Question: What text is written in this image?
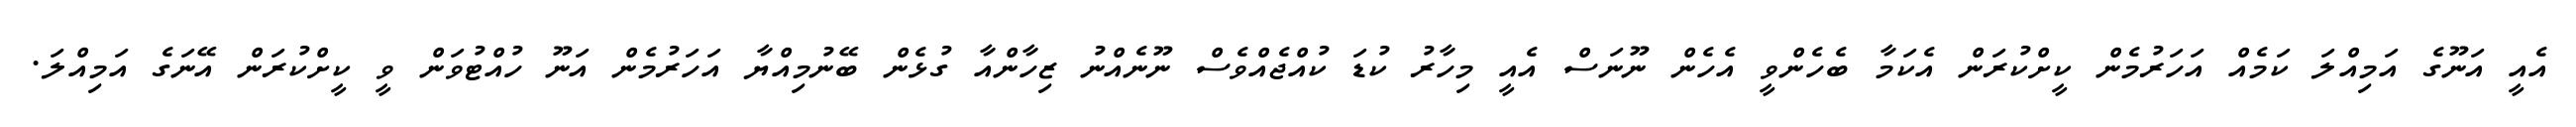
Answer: އެއީ އަނޫގެ އަމިއްލަ ކަމެއް އަހަރުމެން ކީށްކުރަން އެކަމާ ބެހެންވީ އެހެން ނޫނަސް އެއީ މިހާރު ކުޑަ ކުއްޖެއްވެސް ނޫނެއްނު ޒިހާންއާ ގުޅެން ބޭނުމިއްޔާ އަހަރުމެން އަނޫ ހުއްޓުވަން ވީ ކީށްކުރަން އޭނަގެ އަމިއްލަ.